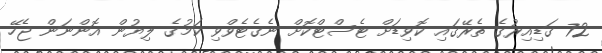
72 ގަޑިއިރުގެ ތެރޭގައި ކޮވިޑަށް ޓެސްޓްކޮށް ނެގެޓެވްވި ކަމުގެ ލިޔުން އޮންނަން ޖެހޭ